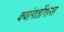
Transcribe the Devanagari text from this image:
क्वांगतोंगास